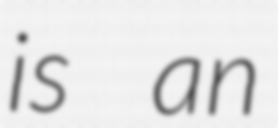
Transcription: is an